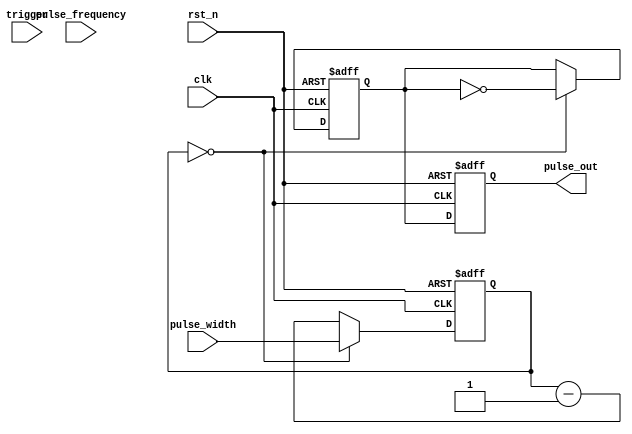
module PulseGenerator (
    input wire clk,
    input wire rst_n,
    input wire trigger,
    input wire [7:0] pulse_width,
    input wire [7:0] pulse_frequency,
    output wire pulse_out
);

reg [7:0] count;
reg pulse_out_reg;
reg sync_flag;

always @(posedge clk or negedge rst_n) begin
    if (~rst_n) begin
        count <= 8'd0;
        pulse_out_reg <= 1'b0;
        sync_flag <= 1'b0;
    end else begin
        if (trigger && ~sync_flag) begin
            count <= pulse_width;
            sync_flag <= 1'b1;
        end
        
        if (count == 0) begin
            pulse_out_reg <= ~pulse_out_reg;
            count <= pulse_width;
        end else begin
            count <= count - 1;
        end
    end
end

always @(posedge clk or negedge rst_n) begin
    if (~rst_n) begin
        pulse_out <= 1'b0;
    end else begin
        pulse_out <= pulse_out_reg;
    end
end

endmodule